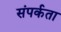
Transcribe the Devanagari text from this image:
संपर्कता